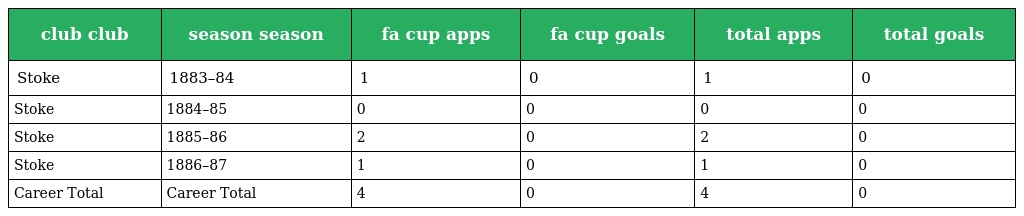
| club club | season season | fa cup apps | fa cup goals | total apps | total goals |
 | --- | --- | --- | --- | --- | --- |
 | Stoke | 1883–84 | 1 | 0 | 1 | 0 |
 | Stoke | 1884–85 | 0 | 0 | 0 | 0 |
 | Stoke | 1885–86 | 2 | 0 | 2 | 0 |
 | Stoke | 1886–87 | 1 | 0 | 1 | 0 |
 | Career Total | Career Total | 4 | 0 | 4 | 0 |